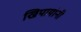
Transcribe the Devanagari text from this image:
खिपायांनी